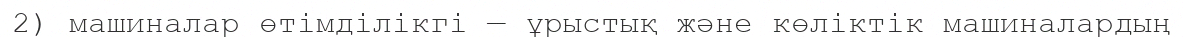
2) машиналар өтімділікгі — ұрыстық және көліктік машиналардың